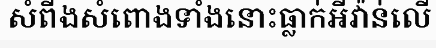
សំពីងសំពោងទាំងនោះធ្លាក់អីវ៉ាន់លើ